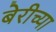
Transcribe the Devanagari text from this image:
बेरीच्या